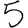
Digit: 5